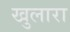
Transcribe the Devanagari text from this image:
खुलारा